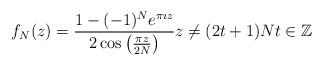
LaTeX: \begin{align*}f_{N}(z) = \frac{1- (-1)^{N} e^{\pi \imath z}}{2 \cos \left( \frac{\pi z}{2N} \right) } z \neq (2t+1)N t \in \mathbb{Z}\end{align*}